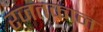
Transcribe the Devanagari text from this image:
रजतकान